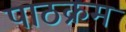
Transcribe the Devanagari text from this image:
पाठक्रम